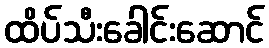
ထိပ်သီးခေါင်းဆောင်